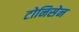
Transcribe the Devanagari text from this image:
टोनिसेन